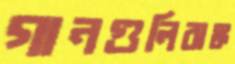
গানগুলিঝঙ্ক